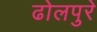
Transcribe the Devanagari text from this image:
ढोलपुरे